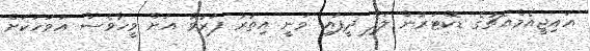
އައިޖީއެމްއެޗުގެ ޑޮކްޓަރުން ލަފާ ދީފައި ވަނީ އިތުރު ފަރުވާ އަށް ވީހާވެސް އަވަހަކަށް